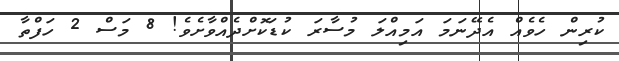
ކުރިން ހެވެއް އެދޭނަމަ އަމިއްލަ މުސާރަ ކުޑަކޮށްދެއްވާށެވެ! 8 މަސް 2 ހަފްތާ